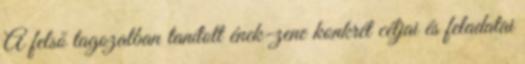
A felső tagozatban tanított ének-zene konkrét céljai és feladatai